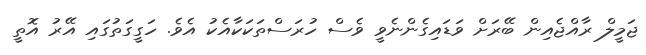
ޖަމީލް ރާއްޖެއިން ބޭރަށް ވަޑައިގެންނެވީ ވެސް ހުރަސްތަކަކާއެކު އެވެ. ހަގީގަތުގައި އޭރު އޮތީ